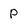
Character: p